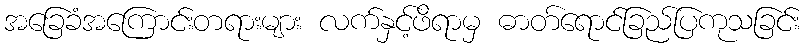
အခြေခံအကြောင်းတရားများ လက်နှင့်ဖိရာမှ ဓာတ်ရောင်ခြည်ပြကုသခြင်း